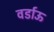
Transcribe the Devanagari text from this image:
वर्डाऊ